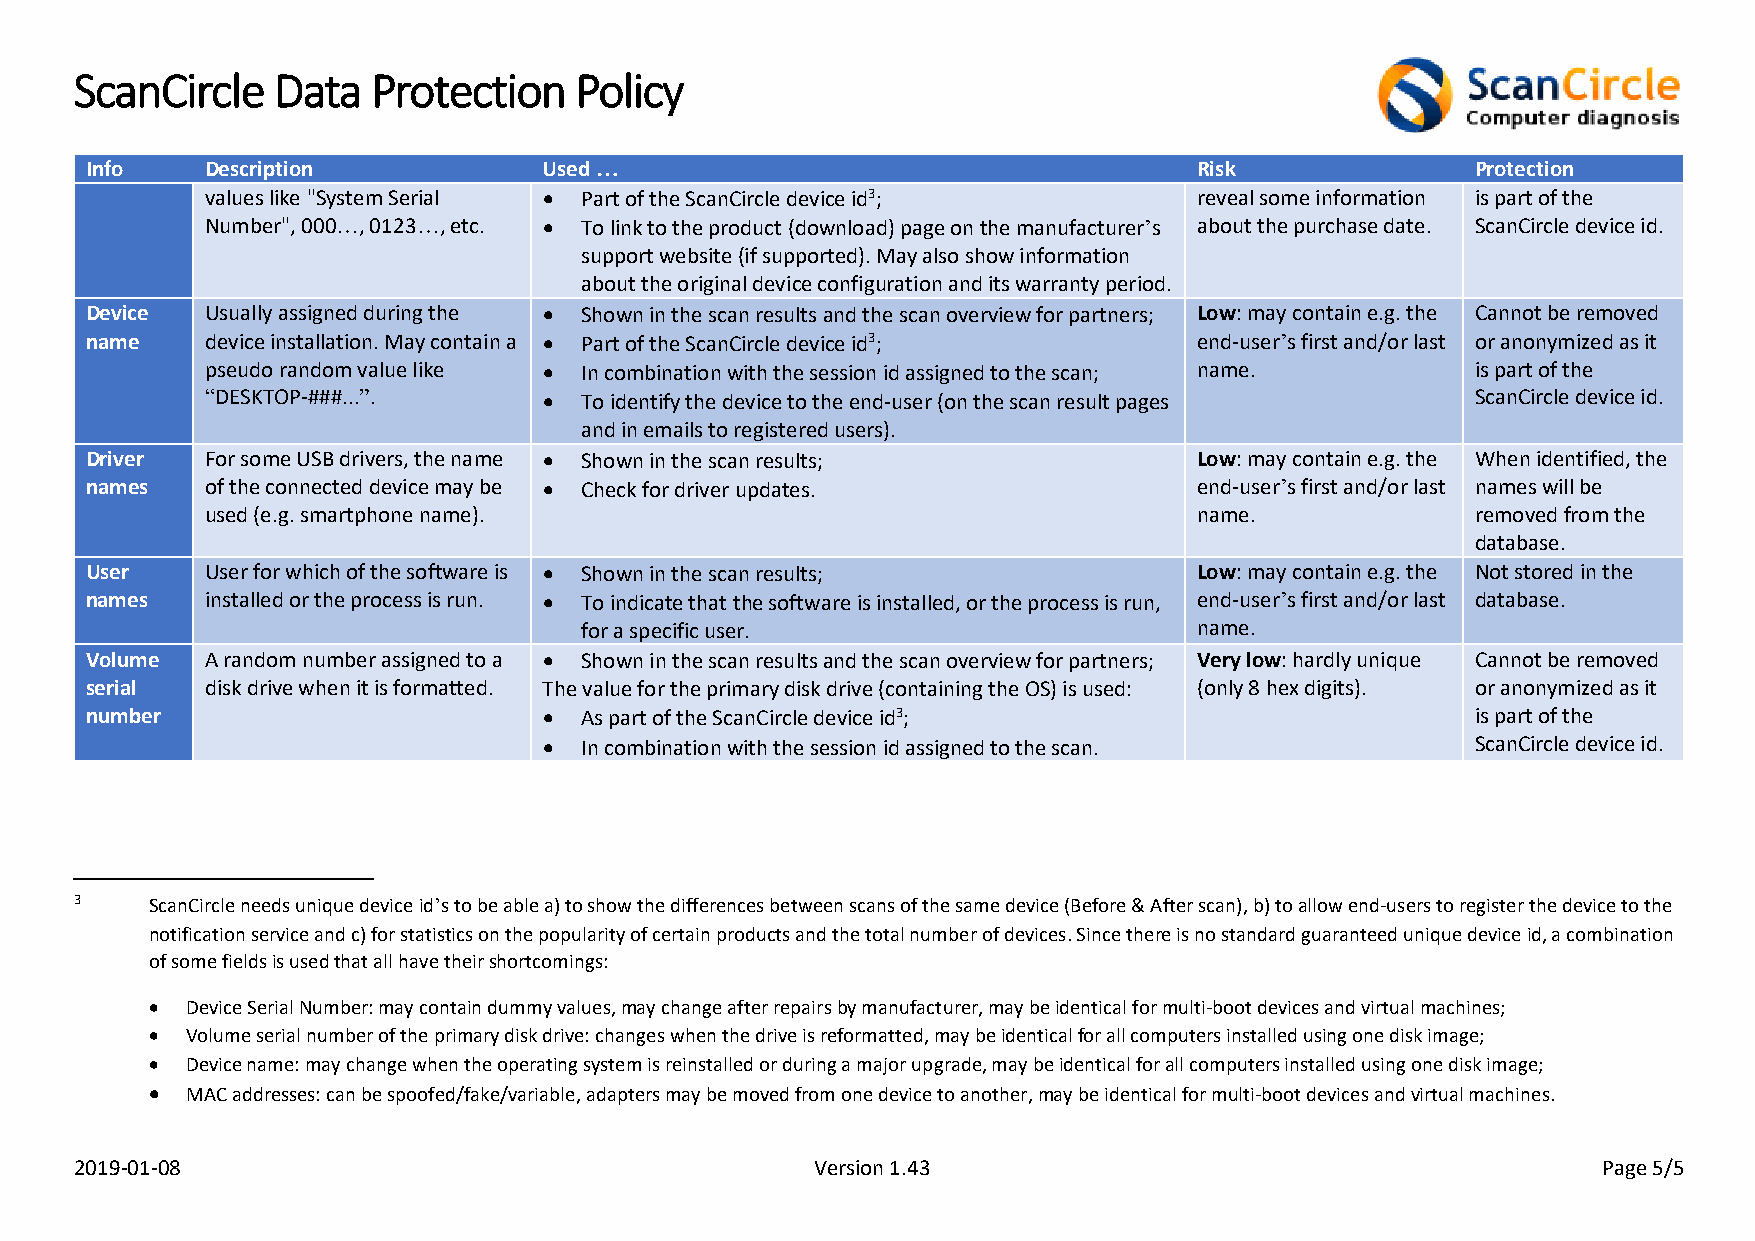
ScanCircle   Data   Protection   Policy
 Info    Description           Used …                                     Risk               Protection
 values like "System Serial • Part of the ScanCircle device id3;  reveal some information is part of the
 Number", 000…, 0123…, etc. • To link to the product (download) page on the manufacturer’s about the purchase date. ScanCircle device id.
 support website (if supported). May also show information
 about the original device configuration and its warranty period.
 Device  Usually assigned during the • Shown in the scan results and the scan overview for partners; Low: may contain e.g. the Cannot be removed
 name    device installation. May contain a • Part of the ScanCircle device id3; end-user’s first and/or last or anonymized as it
 pseudo random value like • In combination with the session id assigned to the scan; name. is part of the
 “DESKTOP-###...”.     • To identify the device to the end-user (on the scan result pages ScanCircle device id.
 and in emails to registered users).
 Driver  For some USB drivers, the name • Shown in the scan results;      Low: may contain e.g. the When identified, the
 names   of the connected device may be • Check for driver updates.       end-user’s first and/or last names will be
 used (e.g. smartphone name).                                     name.              removed from the
 database.
 User    User for which of the software is • Shown in the scan results;   Low: may contain e.g. the Not stored in the
 names   installed or the process is run. • To indicate that the software is installed, or the process is run, end-user’s first and/or last database.
 for a specific user.                     name.
 Volume  A random number assigned to a • Shown in the scan results and the scan overview for partners; Very low: hardly unique Cannot be removed
 serial  disk drive when it is formatted. The value for the primary disk drive (containing the OS) is used: (only 8 hex digits). or anonymized as it
 number                        • As part of the ScanCircle device id3;                       is part of the
 • In combination with the session id assigned to the scan.    ScanCircle device id.
 3    ScanCircle needs unique device id’s to be able a) to show the differences between scans of the same device (Before & After scan), b) to allow end-users to register the device to the
 notification service and c) for statistics on the popularity of certain products and the total number of devices. Since there is no standard guaranteed unique device id, a combination
 of some fields is used that all have their shortcomings:
 • Device Serial Number: may contain dummy values, may change after repairs by manufacturer, may be identical for multi-boot devices and virtual machines;
 • Volume serial number of the primary disk drive: changes when the drive is reformatted, may be identical for all computers installed using one disk image;
 • Device name: may change when the operating system is reinstalled or during a major upgrade, may be identical for all computers installed using one disk image;
 • MAC addresses: can be spoofed/fake/variable, adapters may be moved from one device to another, may be identical for multi-boot devices and virtual machines.
 2019-01-08                                       Version 1.43                                        Page 5/5